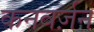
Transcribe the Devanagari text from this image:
कनवर्ज़न